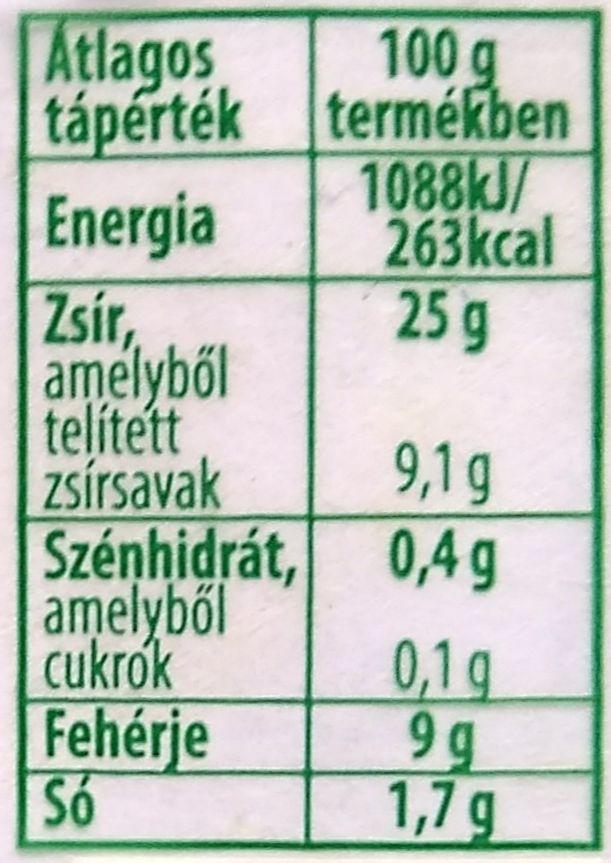
Atlagos
100 g tápérték termékben 1088KJ/ 263kcal 25 g
Energia
Zsír, amelyből telített zsírsavak Szénhidrát, 0,4g amelyből cukrok
9,1 g
Fehérje Só
0,1 g 9 g 1,7g